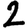
Digit: 2